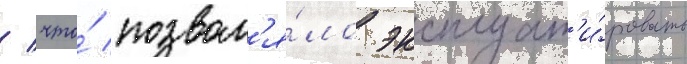
/ что́ позвол'я́ло эксплуат'и́ровать